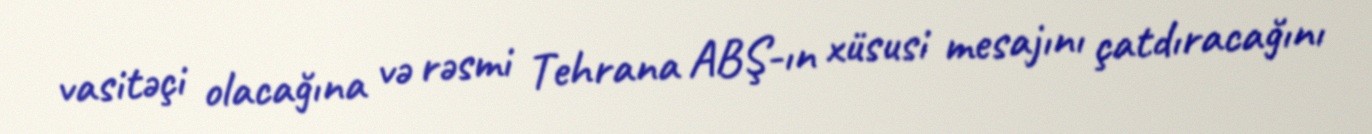
vasitəçi olacağına və rəsmi Tehrana ABŞ-ın xüsusi mesajını çatdıracağını